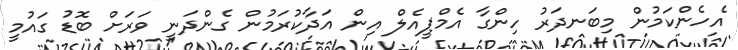
އެހެންކަމުން މިބަނދަރު ހިންގާ އެމްޕީއެލް އިން އަދާކުރަމުން ގެންދަނީ ވަރަށް ބޮޑު ގައުމީ